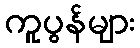
ကူပွန်များ